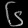
Digit: ၆